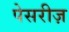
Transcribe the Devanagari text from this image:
पेसरीज़